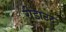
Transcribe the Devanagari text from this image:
रीडाउट